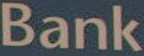
Bank